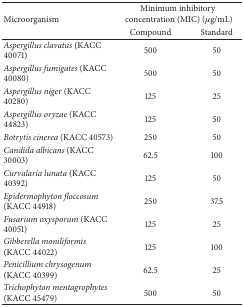
<table><thead><tr><td rowspan="2"><b>Microorganism</b></td><td colspan="2"><b>Minimum inhibitory concentration (MIC) (<i>μ</i>g/mL)</b></td></tr><tr><td><b>Compound</b></td><td><b>Standard</b></td></tr></thead><tbody><tr><td><i>Aspergillus clavatus </i>(KACC 40071)</td><td>500</td><td>50</td></tr><tr><td><i>Aspergillus fumigates </i>(KACC 40080)</td><td>500</td><td>50</td></tr><tr><td><i>Aspergillus niger </i>(KACC 40280)</td><td>125</td><td>25</td></tr><tr><td><i>Aspergillus oryzae </i>(KACC 44823)</td><td>125</td><td>50</td></tr><tr><td><i>Botrytis cinerea </i>(KACC 40573)</td><td>250</td><td>50</td></tr><tr><td><i>Candida albicans </i>(KACC 30003)</td><td>62.5</td><td>100</td></tr><tr><td><i>Curvalaria lunata </i>(KACC 40392)</td><td>125</td><td>50</td></tr><tr><td><i>Epidermophyton floccosum </i>(KACC 44918)</td><td>250</td><td>37.5</td></tr><tr><td><i>Fusarium oxysporum </i>(KACC 40051)</td><td>125</td><td>25</td></tr><tr><td><i>Gibberella moniliformis </i>(KACC 44022)</td><td>125</td><td>100</td></tr><tr><td><i>Penicillium chrysogenum </i>(KACC 40399) </td><td>62.5</td><td>25</td></tr><tr><td><i>Trichophyton mentagrophytes</i> (KACC 45479) </td><td>500</td><td>50</td></tr></tbody></table>